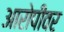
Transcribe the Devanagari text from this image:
आरोपीवर